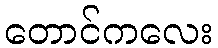
တောင်ကလေး